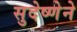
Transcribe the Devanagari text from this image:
सुदेष्णेने